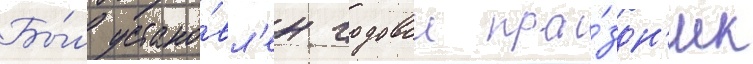
Бы́л устано́вл'ен годовои пра́здн'ик